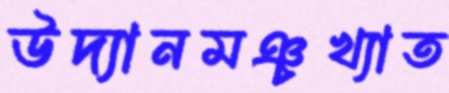
উদ্যানমঞ্চখ্যাত